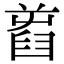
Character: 𦥾